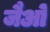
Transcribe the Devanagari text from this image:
जैओ